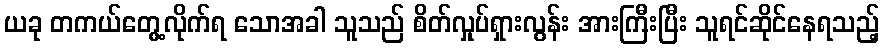
ယခု တကယ်တွေ့လိုက်ရ သောအခါ သူသည် စိတ်လှုပ်ရှားလွန်း အားကြီးပြီး သူရင်ဆိုင်နေရသည့်